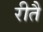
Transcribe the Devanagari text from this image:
रीतै